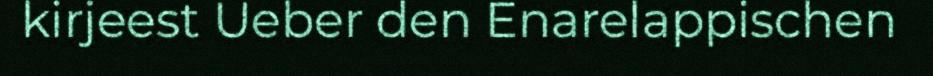
kirjeest Ueber den Enarelappischen